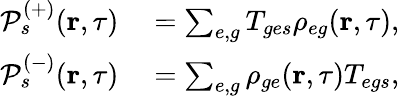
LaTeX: \begin{array}{rl}{\mathcal{P}_{s}^{(+)}(\textbf{r},\tau)}&{{}=\sum_{e,g}T_{ges}\rho_{eg}(\textbf{r},\tau),}\\ {\mathcal{P}_{s}^{(-)}(\textbf{r},\tau)}&{{}=\sum_{e,g}\rho_{ge}(\textbf{r},\tau)T_{egs},}\end{array}